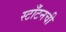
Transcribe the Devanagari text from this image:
स्टाँटनची